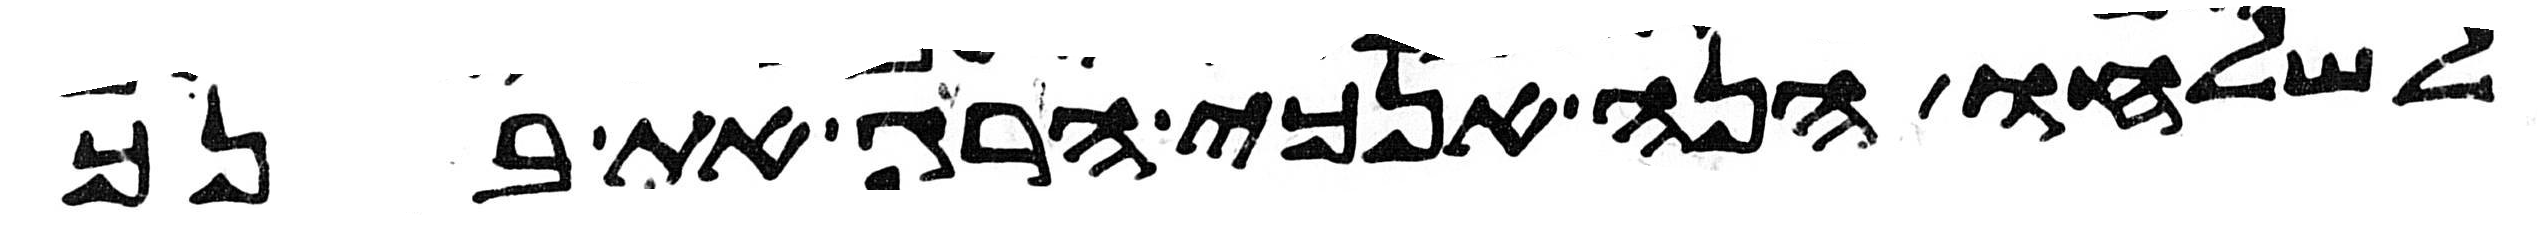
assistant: לשלחו הנה אנכי הרג את בנך